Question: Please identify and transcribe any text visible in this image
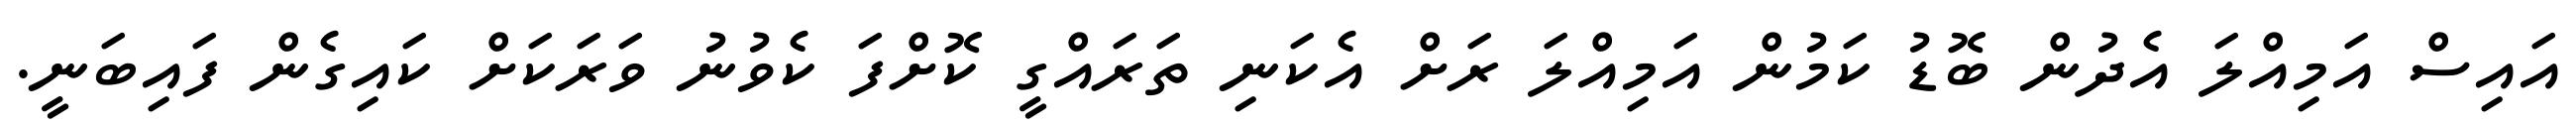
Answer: އައިސް އަމިއްލަ އެދުން ބޮޑު ކަމުން އަމިއްލަ ރަށް އެކަނި ތަރައްގީ ކޮށްފަ ކެވުނު ވަރަކަށް ކައިގެން ފައިބަނީ.